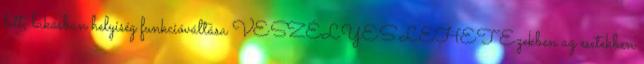
lett, lakásban helyiség funkcióváltása VESZÉLYES LEHET Ezekben az esetekben